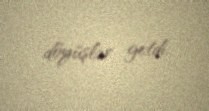
döyüşlər getdi.